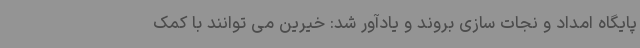
پایگاه امداد و نجات سازی بروند و یادآور شد: خیرین می توانند با کمک